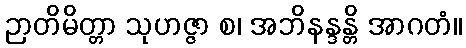
ဉာတိမိတ္တာ သုဟဇ္ဇာ စ၊ အဘိနန္ဒန္တိ အာဂတံ။